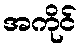
အကိုင်